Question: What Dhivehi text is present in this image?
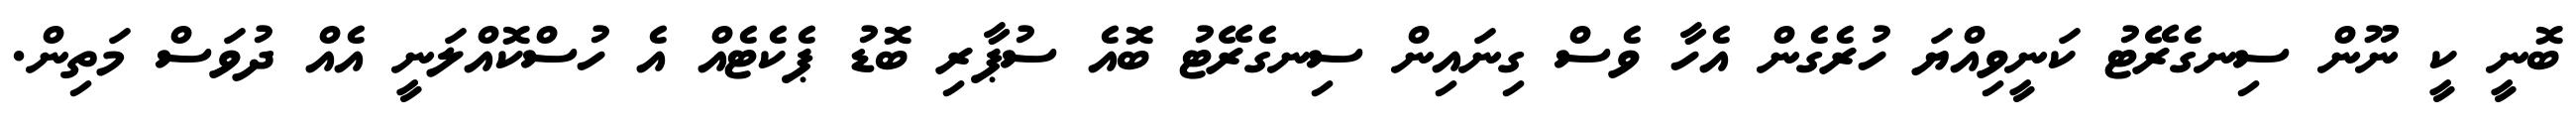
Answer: ބޮނީ ކީ ނޫން ސިނގެރޭޓު ކަނީވިއްޔަ ހުރެގެން އެހާ ވެސް ގިނައިން ސިނގެރޭޓު ބޮއެ ސުޕާރި ބޮޑު ޕެކެޓެއް އެ ހުސްކޮއްލަނީ އެއް ދުވަސް މަތިން.